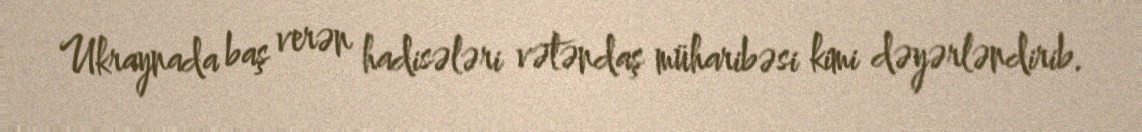
Ukraynada baş verən hadisələri vətəndaş müharibəsi kimi dəyərləndirib.